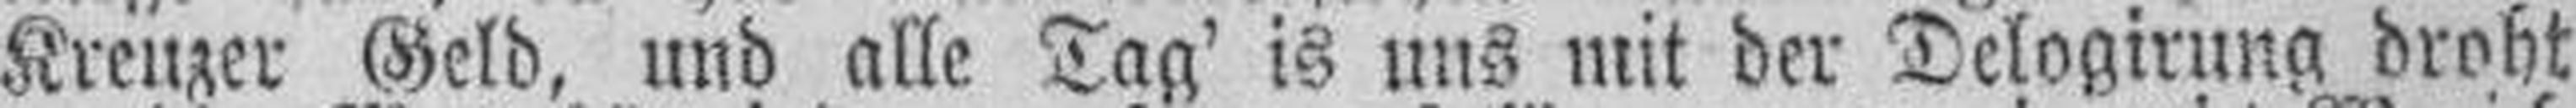
Kreuzer Geld, und alle Tag' is uns mit der Delogirung droht